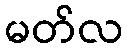
မတ်လ